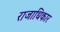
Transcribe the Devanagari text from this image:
राजाधिकार